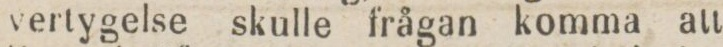
vertygelse skulle frågan komma att